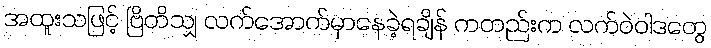
အထူးသဖြင့် ဗြိတိသျှ လက်အောက်မှာနေခဲ့ရချိန် ကတည်းက လက်ဝဲဝါဒတွေ